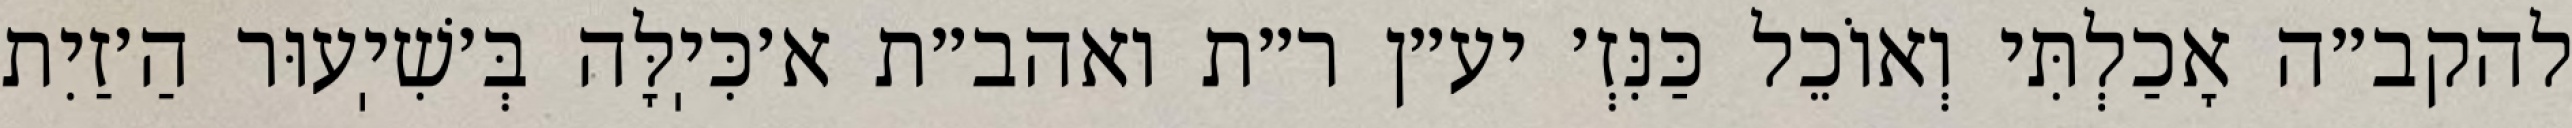
להקב״ה אָכַלְתִּי וְאוֹכֵל כַּנִּזְ׳ יע״ן ר״ת ואהב״ת א׳כִּיֽלָּה בְּ׳שִׁיֽעוּר הַ׳זַיִת